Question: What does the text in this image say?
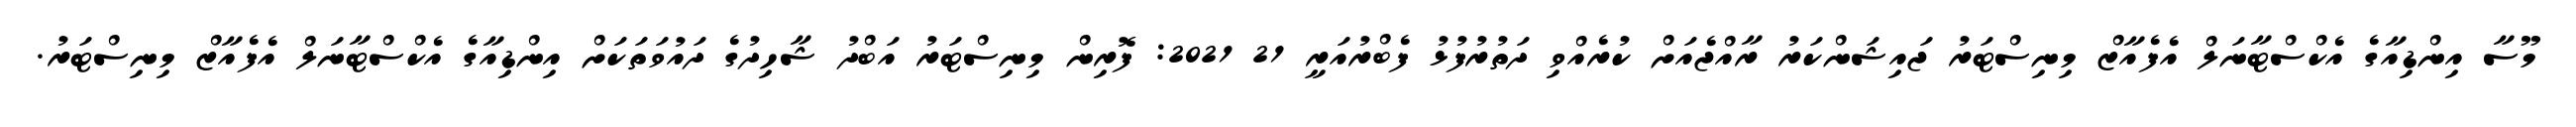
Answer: މޫސާ އިންޑިއާގެ އެކްސްޓާނަލް އެފެއާޒް މިނިސްޓަރު ޖައިޝަންކަރު ރާއްޖެއަށް ކުރެއްވި ދަތުރުފުޅު ފެބްރުއަރީ 21 2021: ފޮރިން މިނިސްޓަރު އަބްދު ޝާހިދުގެ ދައުވަތަކަށް އިންޑިއާގެ އެކްސްޓާނަލް އެފެއާޒް މިނިސްޓަރު.